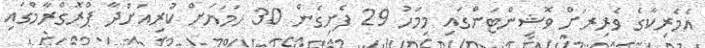
އެމެރިކާގެ ވެރިރަށް ވޮޝިންޓަންގައި މިމަހު 29 ފެށިގެން 30 ހަމަޔަށް ކުރިއަށްދާ ޕްރޮގްރާމްގައި